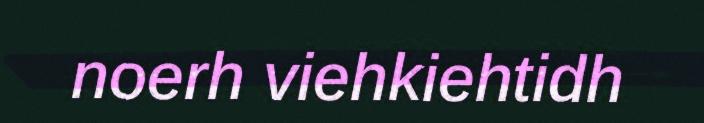
noerh viehkiehtidh